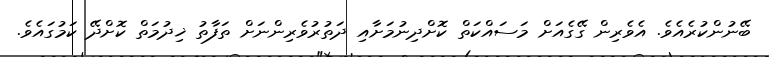
ބޭނުންކުރެއެވެ. އެވެރިން ގޭގެއަށް މަސައްކަތް ކޮށްދިނުމަށާއި ދަތުރުވެރިންނަށް ތަފާތު ޚިދުމަތް ކޮށްދޭ ކަމުގައެވެ.